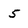
Character: 5